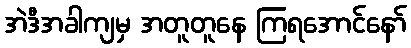
အဲဒီအခါကျမှ အတူတူနေ ကြရအောင်နော်